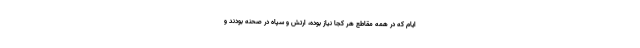
ایام که در همه مقاطع هر کجا نیاز بوده، ارتش و سپاه در صحنه بودند و